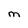
Character: m